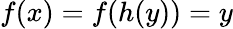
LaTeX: f(x)=f(h(y))=y